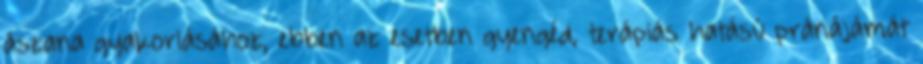
ászana gyakorlásához, ebben az esetben gyengéd, terápiás hatású pránájámát